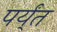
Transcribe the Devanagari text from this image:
पर्य्ंत